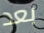
بعد